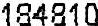
184810